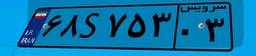
۲۲S۵۳۱۴۸